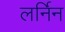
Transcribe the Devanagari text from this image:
लर्निन